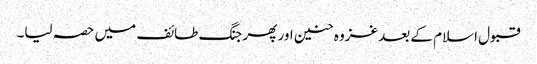
قبول اسلام کے بعد غزوہ حنین اور پھر جنگ طائف میں حصہ لیا۔